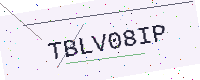
Text: TBLV08IP